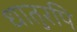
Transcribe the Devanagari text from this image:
धातुरपि